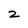
Character: 2